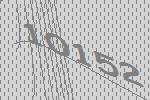
10152